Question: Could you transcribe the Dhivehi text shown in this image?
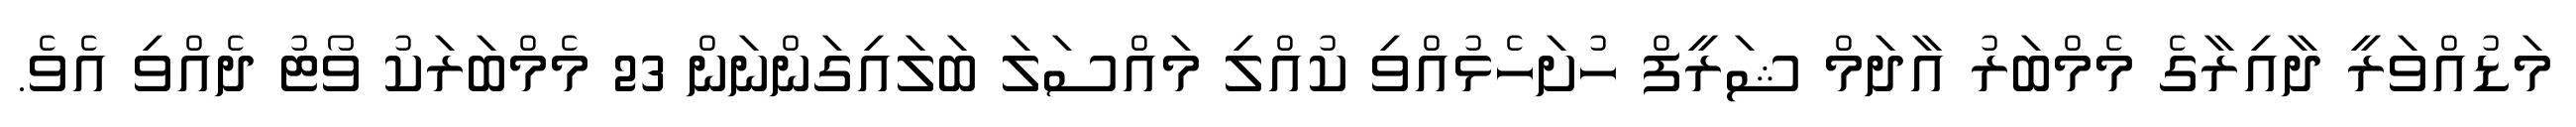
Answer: މަޑުއްވަރީ ދާއިރާގެ މެމްބަރު އާދަމް ޝަރީފް ހުށަހެޅުއްވި ކުއްލި މައްސަލަ ބަލައިގަންނަން 23 މެމްބަރަކު ވޯޓު ދެއްވި އެވެ.